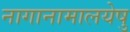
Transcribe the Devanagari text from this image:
नागानामालयेषु